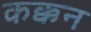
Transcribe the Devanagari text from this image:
कक्कन